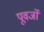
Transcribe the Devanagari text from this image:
पूवर्जों